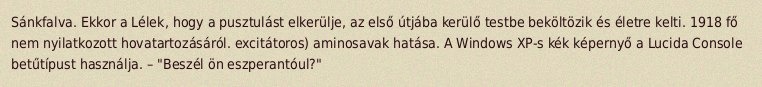
Sánkfalva. Ekkor a Lélek, hogy a pusztulást elkerülje, az első útjába kerülő testbe beköltözik és életre kelti. 1918 fő nem nyilatkozott hovatartozásáról. excitátoros) aminosavak hatása. A Windows XP-s kék képernyő a Lucida Console betűtípust használja. – "Beszél ön eszperantóul?"